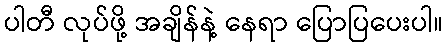
ပါတီ လုပ်ဖို့ အချိန်နဲ့ နေရာ ပြောပြပေးပါ။